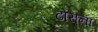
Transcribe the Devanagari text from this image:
ढोराना